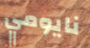
نايومي